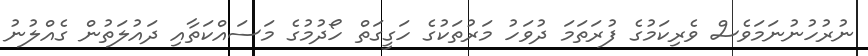
ނުރުހުނުނަމަވެސް ވެރިކަމުގެ ފުރަތަމަ ދުވަހު މަރުތަކުގެ ހަގީގަތް ހޯދުމުގެ މަސައްކަތާއި ދަައުލަތުން ގެއްލުނު